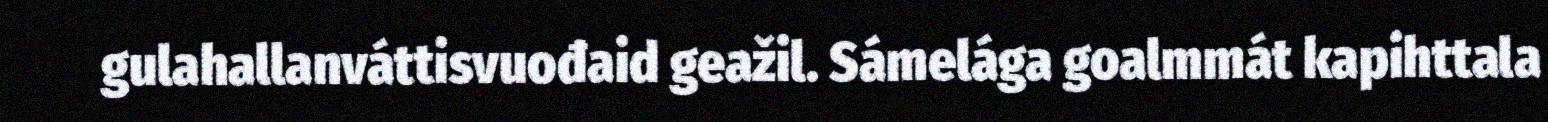
gulahallanváttisvuođaid geažil. Sámelága goalmmát kapihttala